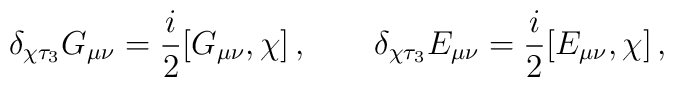
\delta_{\chi\tau_3}G_{\mu\nu} = \frac i2 [G_{\mu\nu},\chi]\,, \qquad\delta_{\chi\tau_3}E_{\mu\nu} = \frac i2 [E_{\mu\nu},\chi]\,,